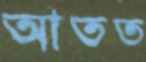
আতত